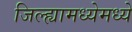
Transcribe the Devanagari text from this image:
जिल्ह्यामध्येमध्ये